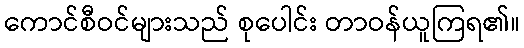
ကောင်စီဝင်များသည် စုပေါင်း တာဝန်ယူကြရ၏။